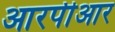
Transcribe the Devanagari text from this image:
आरपीआर